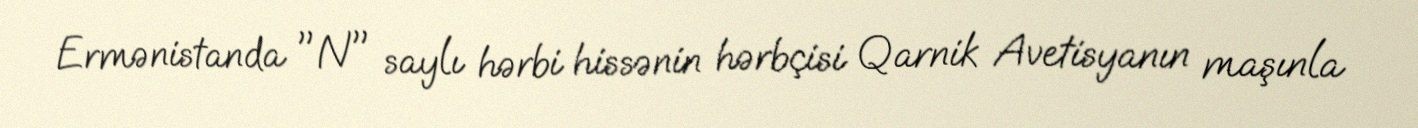
Ermənistanda "N" saylı hərbi hissənin hərbçisi Qarnik Avetisyanın maşınla